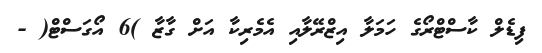
ފިޑެލް ކާސްޓްރޯގެ ހަމަލާ އިޒްރޭލާއި އެމެރިކާ އަށް ގާޒާ )6 އޯގަސްޓް( -